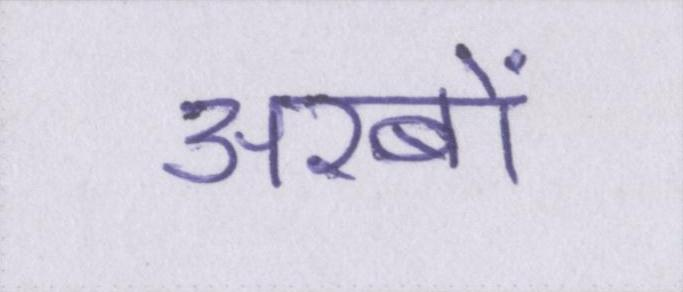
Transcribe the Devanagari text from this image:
अरबों